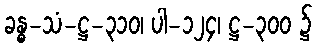
ခန္ဓ-သံ-ဋ္ဌ-၃၁၀၊ ပါ-၁၂၄၊ ဋ္ဌ-၃၀၀ ၌